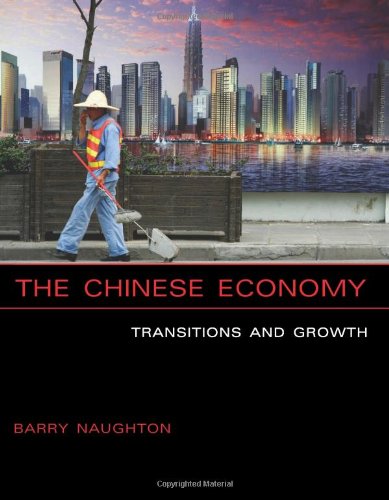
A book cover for The Chinese Economy: Transitions and Growth; Barry J. Naughton; Business & Money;